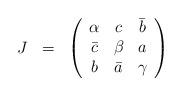
LaTeX: \begin{align*}\begin{array}{ccc} J &= &\left(\begin{array}{ccc}\alpha & c & \bar{b} \\\bar{c} & \beta & a \\b & \bar{a} & \gamma\end{array}\right)\end{array} \end{align*}